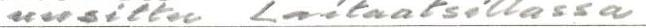
uusittu Laitaatsillassa